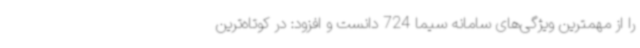
را از مهمترین ویژگی‌های سامانه سیما 724 دانست و افزود: در کوتاه‌ترین